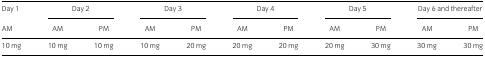
<table><thead><tr><td><b>Day 1</b></td><td colspan="2"><b>Day 2</b></td><td colspan="2"><b>Day 3</b></td><td colspan="2"><b>Day 4</b></td><td colspan="2"><b>Day 5</b></td><td colspan="2"><b>Day 6 and thereafter</b></td></tr><tr><td><b>AM</b></td><td><b>AM</b></td><td><b>PM</b></td><td><b>AM</b></td><td><b>PM</b></td><td><b>AM</b></td><td><b>PM</b></td><td><b>AM</b></td><td><b>PM</b></td><td><b>AM</b></td><td><b>PM</b></td></tr></thead><tbody><tr><td>10 mg</td><td>10 mg</td><td>10 mg</td><td>10 mg</td><td>20 mg</td><td>20 mg</td><td>20 mg</td><td>20 mg</td><td>30 mg</td><td>30 mg</td><td>30 mg</td></tr></tbody></table>